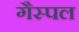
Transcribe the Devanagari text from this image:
गैस्पल